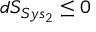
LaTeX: d S _ { S y s _ { 2 } } \leq 0